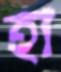
হা